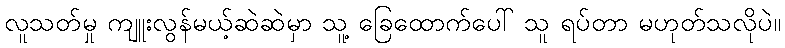
လူသတ်မှု ကျူးလွန်မယ့်ဆဲဆဲမှာ သူ့ ခြေထောက်ပေါ် သူ ရပ်တာ မဟုတ်သလိုပဲ။